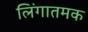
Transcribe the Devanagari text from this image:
लिंगातमक